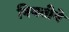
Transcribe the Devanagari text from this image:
नियतीये